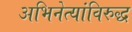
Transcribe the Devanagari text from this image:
अभिनेत्यांविरुद्ध